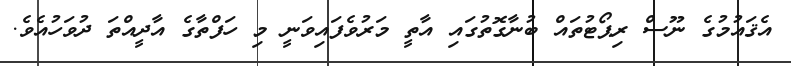
އެޤައުމުގެ ނޫސް ރިޕޯޓުތައް ބުނާގޮތުގައި އާތީ މަރުވެފައިވަނީ މި ހަފްތާގެ އާދީއްތަ ދުވަހުއެވެ.